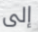
إلى